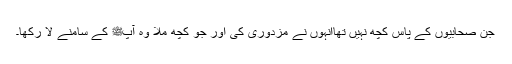
جن صحابیوں کے پاس کچھ نہیں تھاانہوں نے مزدوری کی اور جو کچھ ملا وہ آپﷺ کے سامنے لا رکھا۔